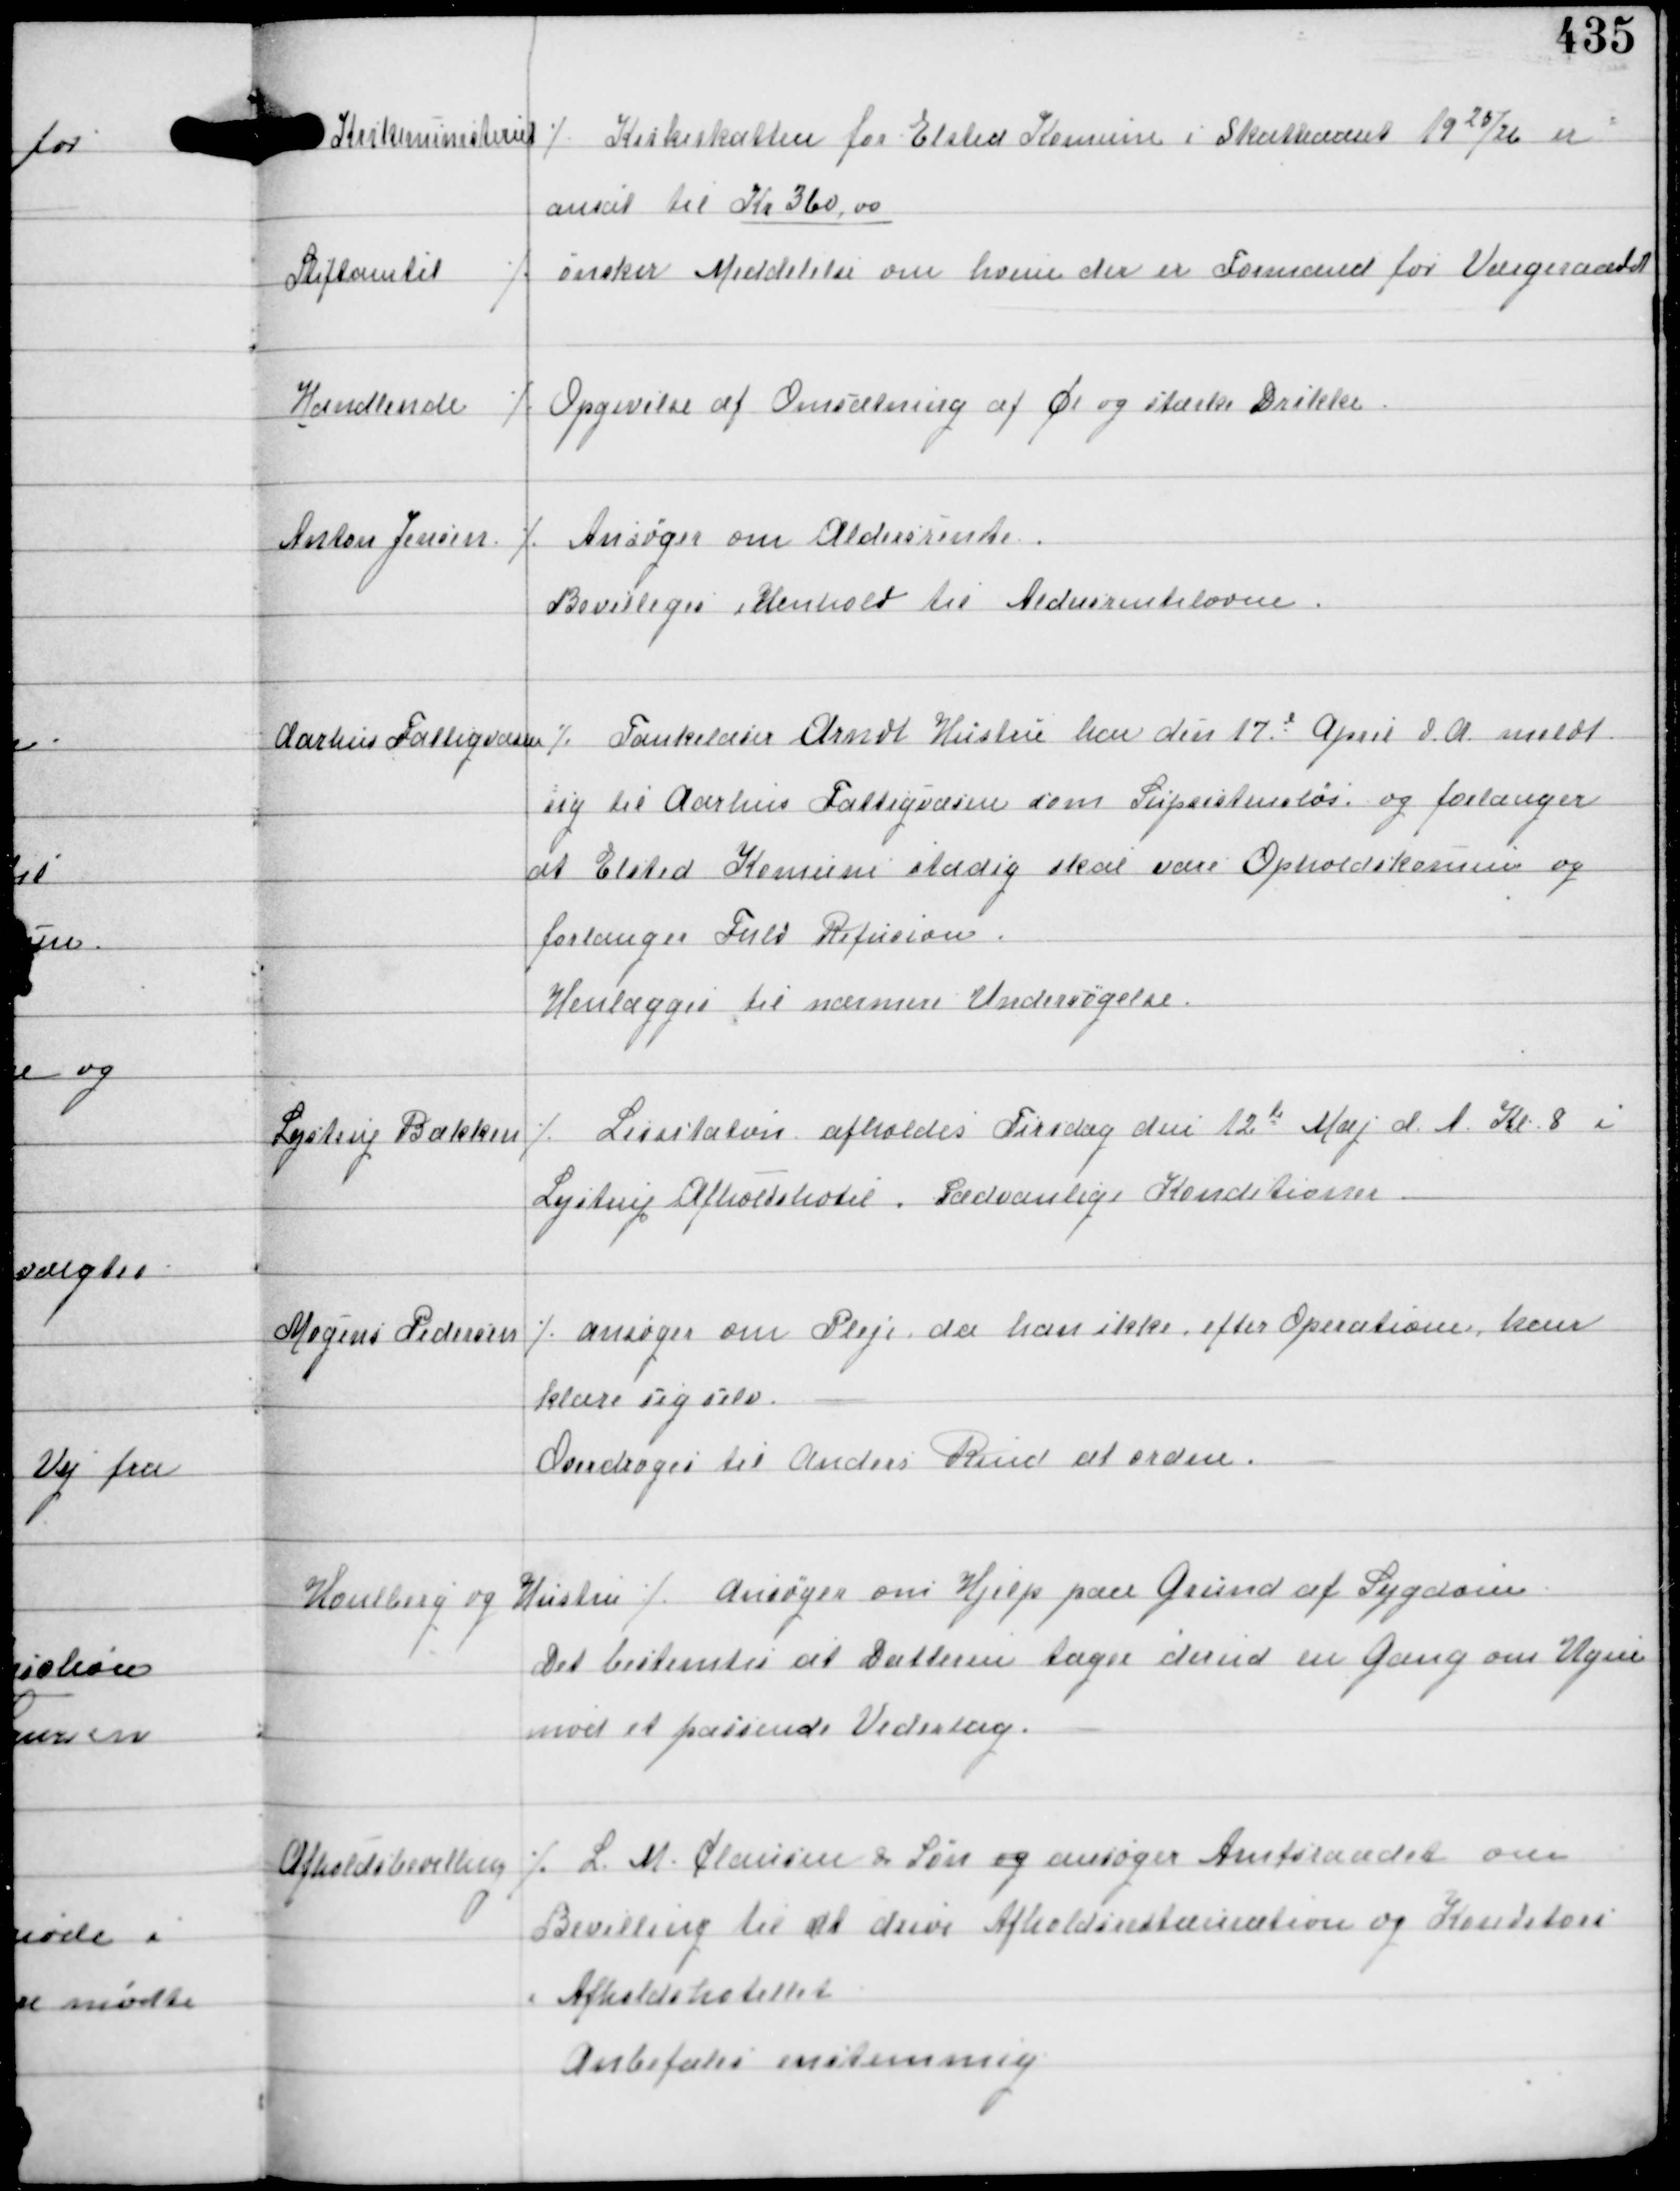
Transskription:
Kirkeministeriet

⁒ Kirkeskatten for Elsted Komune i Skatteaaret 1925/26 er
ansat til Kr 360,00

Stiftamtet

⁒ ønsker Meddelse om hvem der er Formand for Værgeraadet

Handlende

⁒ Opgivelse af omsætningen af Øl og stærke Drikke

Anton Jensen

⁒ Ansøger om Aldersrente
Bevilliges i Henhold til Aldersrenteloven

Aarhus Fattigvæsen

⁒ Tankelæser Arndt Hustru har den 17d April d.A meldt
sig til Aarhus Fattigvæsen som Supsistensløs og forlanger
at Elsted Komune stadig skal være Opholdskomune og
forlanger Fuld Refusion.
Henlægges til nærmere Undersøgelse.

Lystrup Bækken

⁒ Licitation afholdes Tirsdag den 12te Maj d.A. Kl. 8 i
Lystrup Afholdshotel. Sædvanlige Konditioner

Mogens Pedersen

⁒ ansøger om Pleje da han ikke efter Operation kan
klare sig selv.
Overdroges til Anders Rind at ordne.

Houlberg og Hustru
⁒ Ansøger om Hjælp paa Grund af Sygdom
Det bestemtes at Datteren tager derud en Gang om Ugen
mod et passende Vederlag.

Afholdsbevilling

⁒ L.M. Clausen & Søn og ansøger Amtsraadet om
Bevilling til at drive Afholdsrestauration og Konditori
i Afholdshotellet.
Anbefales enstemmig.